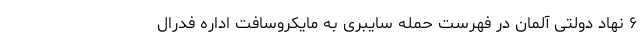
۶ نهاد دولتی آلمان در فهرست حمله سایبری به مایکروسافت اداره فدرال